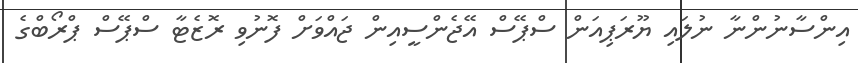
އިންސާނުންނާ ނުލައި ޔޫރަޕިއަން ސްޕޭސް އޭޖެންސީއިން ޖައްވަށް ފޮނުވި ރޮޒެޓާ ސްޕޭސް ޕްރޯބްގެ